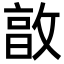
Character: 㪟